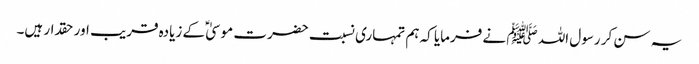
یہ سن کر رسول اللہ ﷺ نے فرمایا کہ ہم تمہاری نسبت حضرت موسیٰ ؑ کے زیادہ قریب اور حقدار ہیں۔